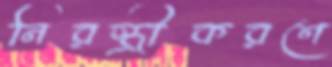
নিরস্ত্রীকরণে